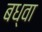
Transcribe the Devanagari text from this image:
बध्वा